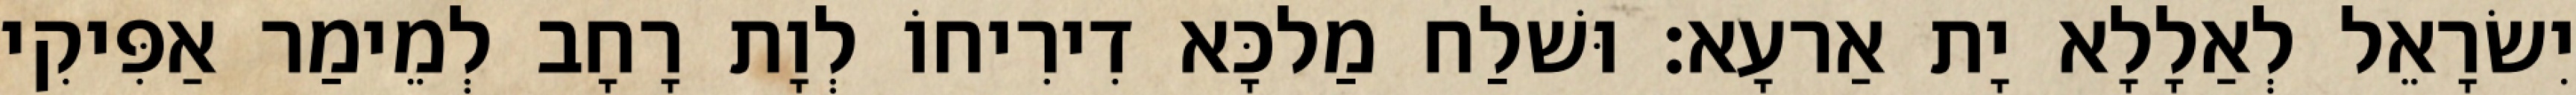
יִשׂרָאֵל לְאַלָלָא יָת אַרעָא׃ וּשׁלַח מַלכָּא דִירִיחוֹ לְוָת רָחָב לְמֵימַר אַפִּיקִי